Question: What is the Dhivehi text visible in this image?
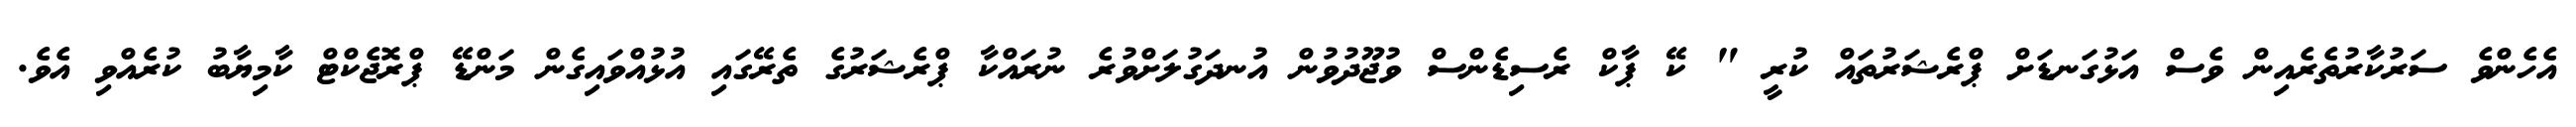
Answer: އެހެންވެ ސަރުކާރުތެރެއިން ވެސް އަޅުގަނޑަށް ޕްރެޝަރުތައް ކުރީ " ކޭ ޕާކް ރެސިޑެންސް ވުޖޫދުވުން އުނދަގުލަށްވުރެ ނުރައްކާ ޕްރެޝަރުގެ ތެރޭގައި އުޅުއްވައިގެން މަންޑޭ ޕްރޮޖެކްޓް ކާމިޔާބު ކުރެއްވި އެވެ.